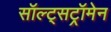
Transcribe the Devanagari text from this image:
सॉल्ट्सट्रॉमेन